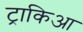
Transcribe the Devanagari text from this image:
ट्राकिआ